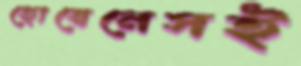
হোয়েনেসই